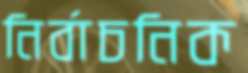
নির্বাচনিক